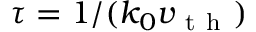
\tau = 1 / ( k _ { 0 } v _ { \mathrm { ~ t ~ h ~ } } )